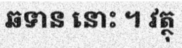
ឆទាន នោះ ។ វត្ថុ